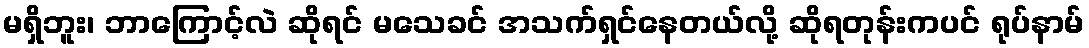
မရှိဘူး၊ ဘာကြောင့်လဲ ဆိုရင် မသေခင် အသက်ရှင်နေတယ်လို့ ဆိုရတုန်းကပင် ရုပ်နာမ်